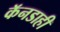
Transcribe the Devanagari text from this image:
कॅनडाही